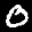
Label: 0